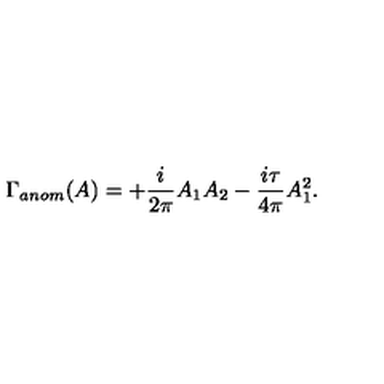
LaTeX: \Gamma _ { a n o m } ( A ) = + \frac { i } { 2 \pi } A _ { 1 } A _ { 2 } - \frac { i \tau } { 4 \pi } A _ { 1 } ^ { 2 } .